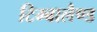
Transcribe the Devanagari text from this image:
टिम्बालैण्ड